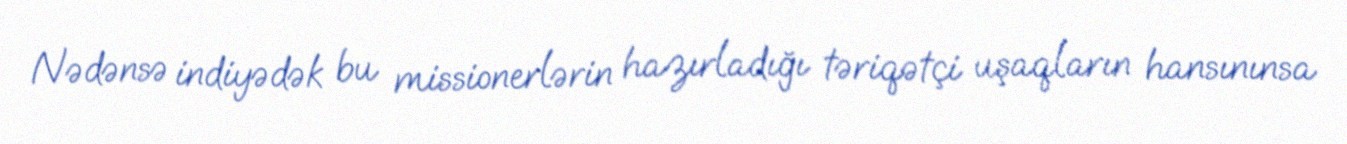
Nədənsə indiyədək bu missionerlərin hazırladığı təriqətçi uşaqların hansınınsa